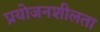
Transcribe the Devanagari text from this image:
प्रयोजनशीलता